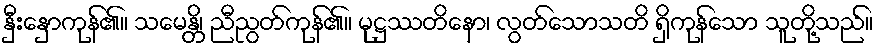
နှီးနှောကုန်၏။ သမေန္တိ၊ ညီညွတ်ကုန်၏။ မုဋ္ဌဿတိနော၊ လွတ်သောသတိ ရှိကုန်သော သူတို့သည်။